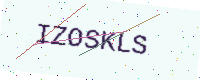
Text: IZOSKLS